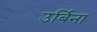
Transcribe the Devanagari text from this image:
उर्बिना